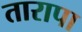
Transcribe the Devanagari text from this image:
तारापा